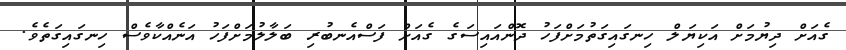
ގެއަށް ދިޔުމަށް އަކިޔަލް ހިނގައިގަތުމަށްފަހު ދޮންއައިސަގެ ގެއަށް ފަސްއެނބުރި ބަލާލުމަށްފަހު އަނެއްކާވެސް ހިނގައިގަތެވެ.